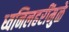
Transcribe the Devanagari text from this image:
ध्वनिलहरींमुळे